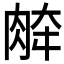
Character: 𰮞